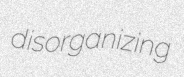
disorganizing